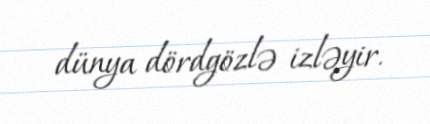
dünya dördgözlə izləyir.